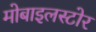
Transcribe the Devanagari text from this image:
मोबाइलस्टोर